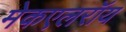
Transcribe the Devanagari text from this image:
मेकएलरॉय